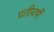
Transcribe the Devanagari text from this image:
प्रतीवर्षी